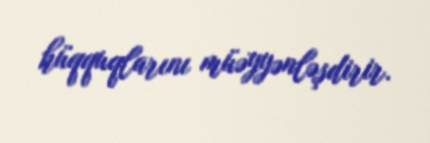
hüqquqlarını müəyyənləşdirir.